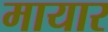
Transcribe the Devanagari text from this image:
मायार